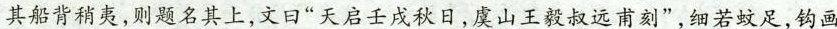
其船背稍夷，则题名其上，文日”天启壬戌秋日，虞山王毅叔远甫刻”，细若蚊足，钩画